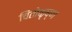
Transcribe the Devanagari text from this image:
चिंतोकृष्ण